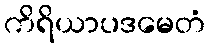
ကိရိယာပဒမေတံ